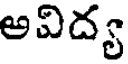
అవిద్య